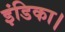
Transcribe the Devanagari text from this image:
इंडिका।